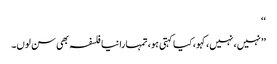
‘‘
’’نہیں، نہیں، کہو، کیا کہتی ہو، تمہارا نیا فلسفہ بھی سن لوں۔